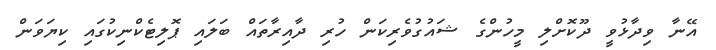
އޭނާ ވިދާޅުވީ ދޫކޮށްލި މީހުންގެ ޝައުގުވެރިކަން ހުރި ދާއިރާތައް ބަލައި ޕޮލިޓެކްނިކުގައި ކިޔަވަން